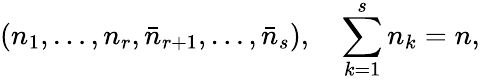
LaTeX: (n_{1},\ldots,n_{r},\bar{n}_{r+1},\ldots,\bar{n}_{s}),\quad\sum_{k=1}^{s}n_{k}=n,